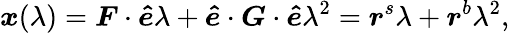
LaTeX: \boldsymbol{x}(\lambda)=\boldsymbol{F}\cdot\boldsymbol{\hat{e}}\lambda+\boldsymbol{\hat{e}}\cdot\boldsymbol{G}\cdot\boldsymbol{\hat{e}}\lambda^{2}=\boldsymbol{r}^{s}\lambda+\boldsymbol{r}^{b}\lambda^{2},